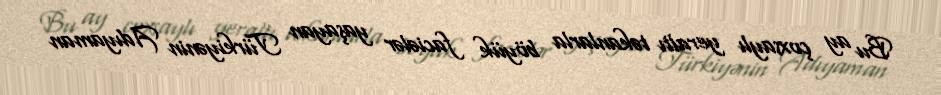
Bu ay çoxsaylı yeraltı təkanlarla böyük faciələr yaşayan Türkiyənin Adıyaman